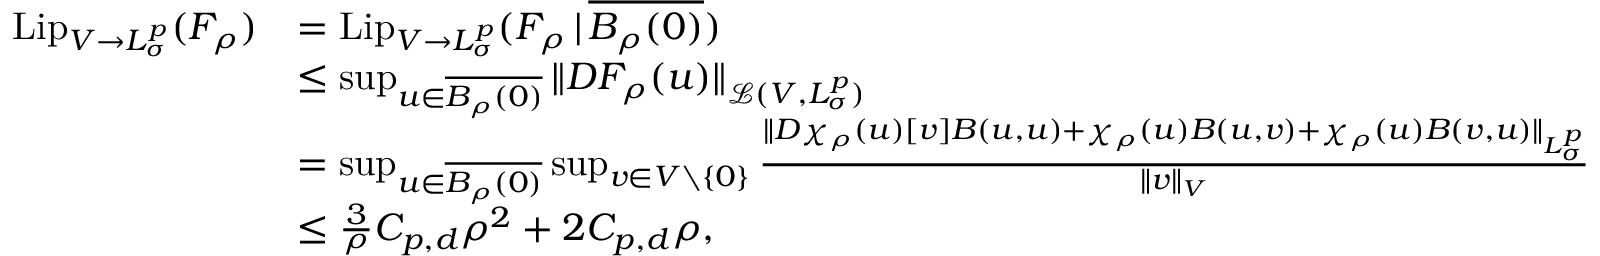
\begin{array} { r l } { \mathrm { L i p } _ { V \to L _ { \sigma } ^ { p } } ( F _ { \rho } ) } & { = \mathrm { L i p } _ { V \to L _ { \sigma } ^ { p } } ( F _ { \rho } \, | \, \overline { { B _ { \rho } ( 0 ) } } ) } \\ & { \leq \operatorname* { s u p } _ { u \in \overline { { B _ { \rho } ( 0 ) } } } \Vert D F _ { \rho } ( u ) \Vert _ { \mathcal { L } ( V , L _ { \sigma } ^ { p } ) } } \\ & { = \operatorname* { s u p } _ { u \in \overline { { B _ { \rho } ( 0 ) } } } \operatorname* { s u p } _ { v \in V \setminus \{ 0 \} } \frac { \Vert D \chi _ { \rho } ( u ) [ v ] B ( u , u ) + \chi _ { \rho } ( u ) B ( u , v ) + \chi _ { \rho } ( u ) B ( v , u ) \Vert _ { L _ { \sigma } ^ { p } } } { \Vert v \Vert _ { V } } } \\ & { \leq \frac { 3 } { \rho } C _ { p , d } \rho ^ { 2 } + 2 C _ { p , d } \rho , } \end{array}